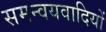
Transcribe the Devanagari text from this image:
समन्वयवादियों